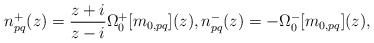
\begin{align*}n_{pq}^{+}(z) = \frac{z + i}{z - i} \Omega^{+}_{0}[m_{0,pq}](z),n_{pq}^{-}(z) = - \Omega^{-}_{0}[m_{0,pq}](z),\;\end{align*}